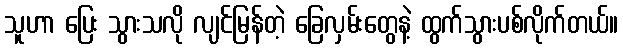
သူဟာ ပြေး သွားသလို လျင်မြန်တဲ့ ခြေလှမ်းတွေနဲ့ ထွက်သွားပစ်လိုက်တယ်။